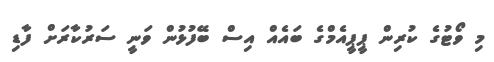
މި ވޯޓުގެ ކުރިން ޕީޕީއެމްގެ ބައެއް އިސް ބޭފުޅުން ވަނީ ސަރުކާރަށް ފާޑި